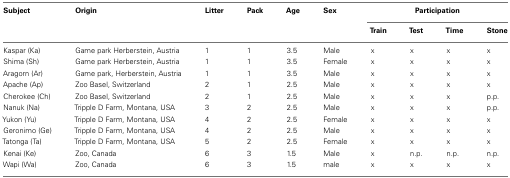
<table><thead><tr><td><b>Subject</b></td><td><b>Origin</b></td><td><b>Litter</b></td><td><b>Pack</b></td><td><b>Age</b></td><td><b>Sex</b></td><td colspan="4"><b>Participation</b></td></tr><tr><td></td><td></td><td></td><td></td><td></td><td></td><td><b>Train</b></td><td><b>Test</b></td><td><b>Time</b></td><td><b>Stone</b></td></tr></thead><tbody><tr><td>Kaspar (Ka)</td><td>Game park Herberstein, Austria</td><td>1</td><td>1</td><td>3.5</td><td>Male</td><td>x</td><td>x</td><td>x</td><td>x</td></tr><tr><td>Shima (Sh)</td><td>Game park Herberstein, Austria</td><td>1</td><td>1</td><td>3.5</td><td>Female</td><td>x</td><td>x</td><td>x</td><td>x</td></tr><tr><td>Aragorn (Ar)</td><td>Game park, Herberstein, Austria</td><td>1</td><td>1</td><td>3.5</td><td>Male</td><td>x</td><td>x</td><td>x</td><td>x</td></tr><tr><td>Apache (Ap)</td><td>Zoo Basel, Switzerland</td><td>2</td><td>1</td><td>2.5</td><td>Male</td><td>x</td><td>x</td><td>x</td><td>x</td></tr><tr><td>Cherokee (Ch)</td><td>Zoo Basel, Switzerland</td><td>2</td><td>1</td><td>2.5</td><td>Male</td><td>x</td><td>x</td><td>x</td><td>p.p.</td></tr><tr><td>Nanuk (Na)</td><td>Tripple D Farm, Montana, USA</td><td>3</td><td>2</td><td>2.5</td><td>Male</td><td>x</td><td>x</td><td>x</td><td>p.p.</td></tr><tr><td>Yukon (Yu)</td><td>Tripple D Farm, Montana, USA</td><td>4</td><td>2</td><td>2.5</td><td>Female</td><td>x</td><td>x</td><td>x</td><td>x</td></tr><tr><td>Geronimo (Ge)</td><td>Tripple D Farm, Montana, USA</td><td>4</td><td>2</td><td>2.5</td><td>Male</td><td>x</td><td>x</td><td>x</td><td>x</td></tr><tr><td>Tatonga (Ta)</td><td>Tripple D Farm, Montana, USA</td><td>5</td><td>2</td><td>2.5</td><td>Female</td><td>x</td><td>x</td><td>x</td><td>x</td></tr><tr><td>Kenai (Ke)</td><td>Zoo, Canada</td><td>6</td><td>3</td><td>1.5</td><td>Male</td><td>x</td><td>n.p.</td><td>n.p.</td><td>n.p.</td></tr><tr><td>Wapi (Wa)</td><td>Zoo, Canada</td><td>6</td><td>3</td><td>1.5</td><td>male</td><td>x</td><td>x</td><td>x</td><td>x</td></tr></tbody></table>